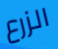
الزرع